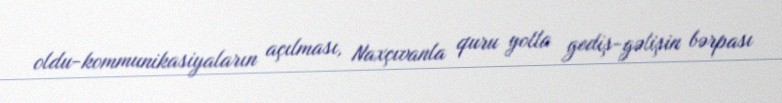
oldu-kommunikasiyaların açılması, Naxçıvanla quru yolla gediş-gəlişin bərpası